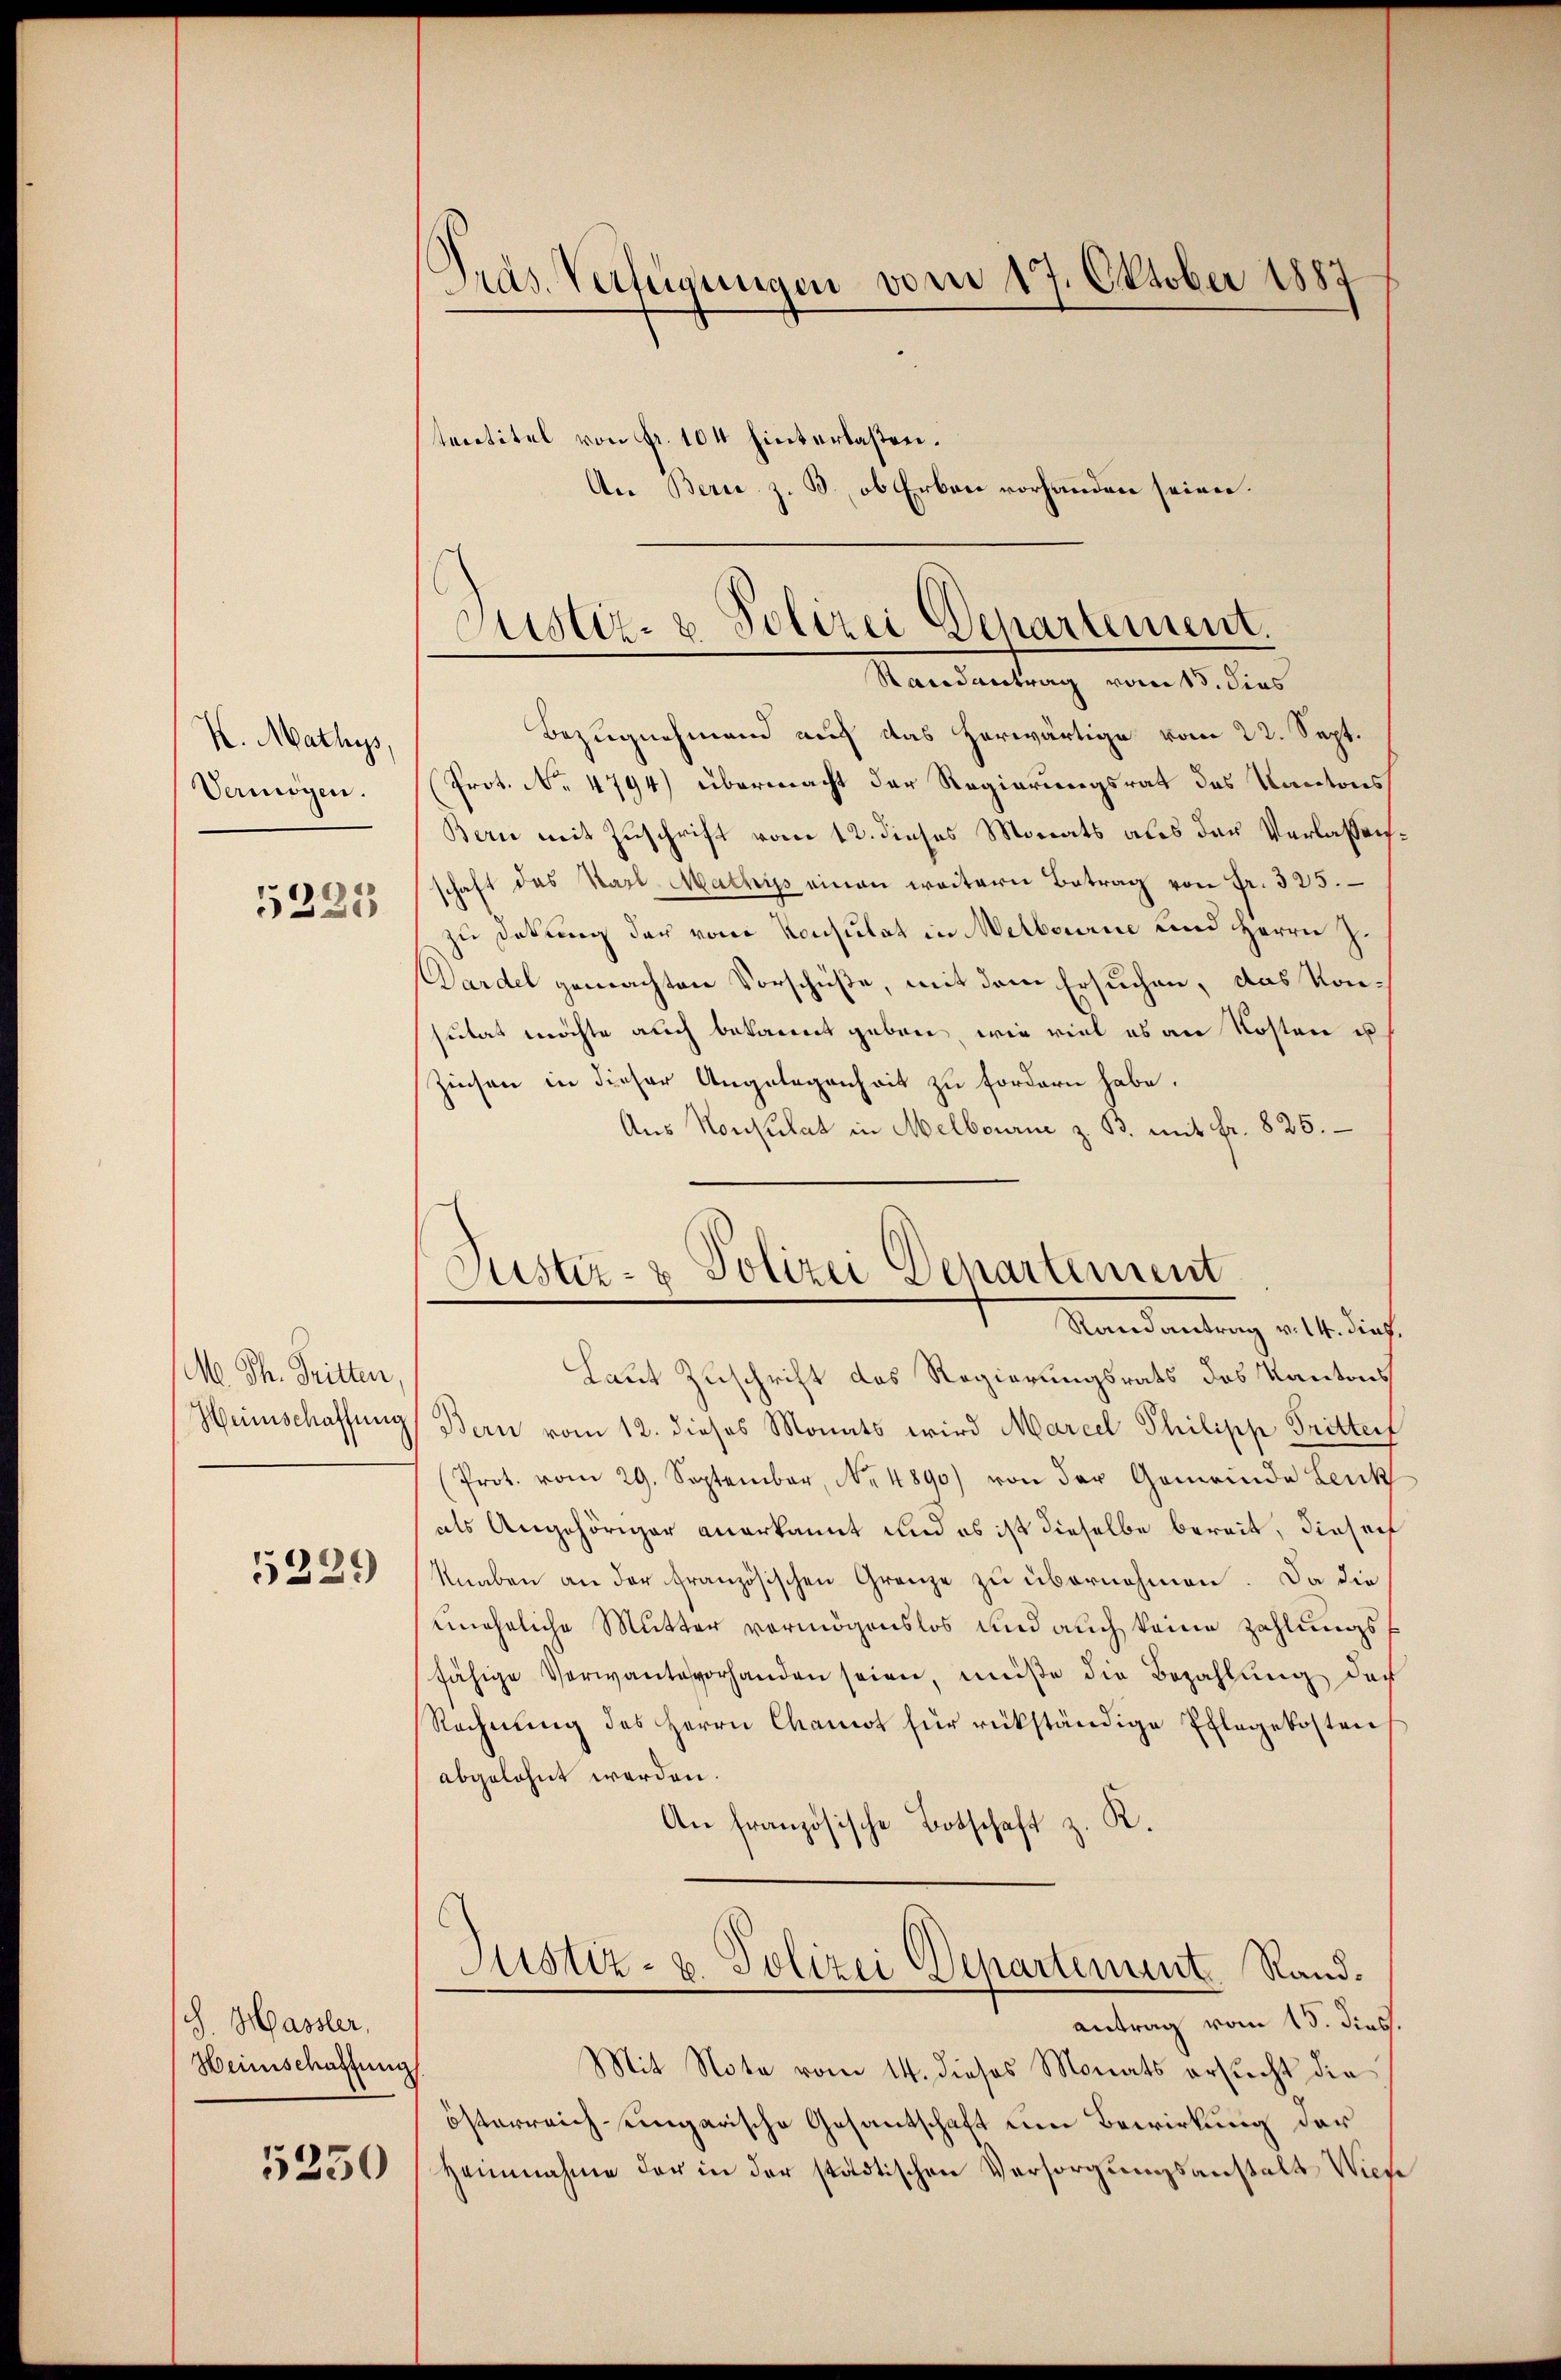
K. Mathys,
Vermögen.
5223

M. Th. Tritten
Heinschaffung

5329

J. Hassler,
Heimschaffung

5250

tacetitel von Fr. 104 hinterlasten.

Präs. Verfügungen vom 17. Oktober 1887

An Bern z. B., ob Erben vorhanden seien.

Justiz- & Polizei Departement.
Randantrag vom 15. dies

Puster- & Polizei Departement
Randantrag v. 14. dies.

Bezugnehmend auch das herwärtige vom 22. Sept.
Prot. No 4794) übermacht der Regierungsrat des Kantons
Bern mit Zuschrift vom 12. dieses Monats als der Verlaßenhaft das Karl Mathis einen weitern Betrag von Fr. 325.
zu Dokung der vom Konsulat in Melbourne und Herrn J.
Dardel gemachten Vorschüße, mit dem Ersuchen, das Konsutat möchte auch bekannt geben, wie viel es an Kosten u
Zinsen in dieser Angelegenheit zu fordern habe.
Aus Konsulat in Melbourie z. B. mit fr. 825.
Laut Zuschrift des Regierungsrats des Kantons
Bern vom 12. dieses Monats wird Marcel Philipp Tritter
(Prot. vom 29. September, No. 4890) von der Gemeinde Leuk
als Angehöriger anerkannt und es ist dieselbe bereit, dieser
Knaben an der französischen Grenze zu übernehmen. Da die
uneheliche Mutter vermögenslos und auch keine Zahlungsfähige Verwante vorhanden seien, müße die Bezahlung doch
Rechnŭng des Herrn Chamot für rückständige Pflegekosten
abgelehnt werden.
R.
An französische Botschaft z
Justiz- u. Polizei Departement. Randantrag vom 15. dies
Mit Note vom 14. dieses Monats ersucht die
österreich eingarische Gesantschaft um Bewirkung der
Heinnahme der in der städtischen Versorgungsanstalt Wiese